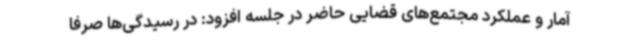
آمار و عملکرد مجتمع‌های قضایی حاضر در جلسه افزود: در رسیدگی‌ها صرفا